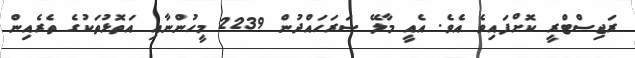
ރަޖިސްޓްރީ ކޮށްފައިވެ އެވެ. އެއީ މާލޭ ސަރަހައްދުން 2239 މީހުންނާއި އަތޮޅުތަކުގެ ތެރެއިން